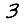
Digit: 3